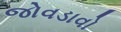
જોવડાવો